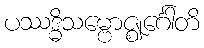
ပဿဒ္ဓိသမ္ဗောဇ္ဈင်္ဂေါတိ